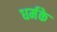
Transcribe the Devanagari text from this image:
धर्मके